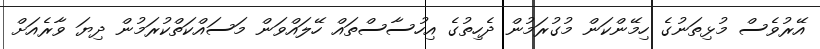
އޭރުވެސް މުޅިތަނުގެ ހިމޭންކަން މުގުރަމުން ދެހިތުގެ އިހުސާސްތައް ހޭލައްވަން މަސައްކަތްކުރަމުން ދިޔަ ވާރެއަށް